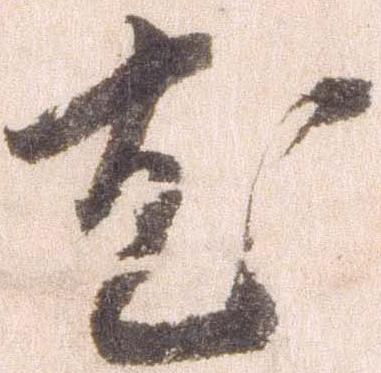
尤